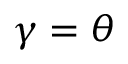
\gamma = \theta